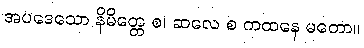
အပဒေသော နိမိတ္တေ စ၊ ဆလေ စ ကထနေ မတော။